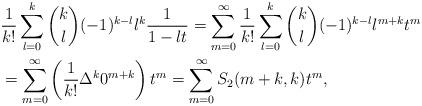
LaTeX: \begin{align*}&\frac{1}{k!} \sum_{l=0}^k {k \choose l} (-1)^{k-l} l^k \frac{1}{1-lt} = \sum_{m=0}^\infty \frac{1}{k!} \sum_{l=0}^k {k \choose l} (-1)^{k-l} l^{m+k} t^m\\&= \sum_{m=0}^\infty \left( \frac{1}{k!} \Delta^k 0^{m+k} \right) t^m = \sum_{m=0}^\infty S_2(m+k,k) t^m,\end{align*}